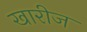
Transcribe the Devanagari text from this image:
खारीज